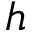
h